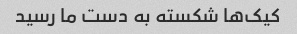
کیک‌ها شکسته به دست ما رسید